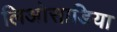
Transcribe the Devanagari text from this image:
लिओसाडिया